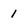
Character: 1